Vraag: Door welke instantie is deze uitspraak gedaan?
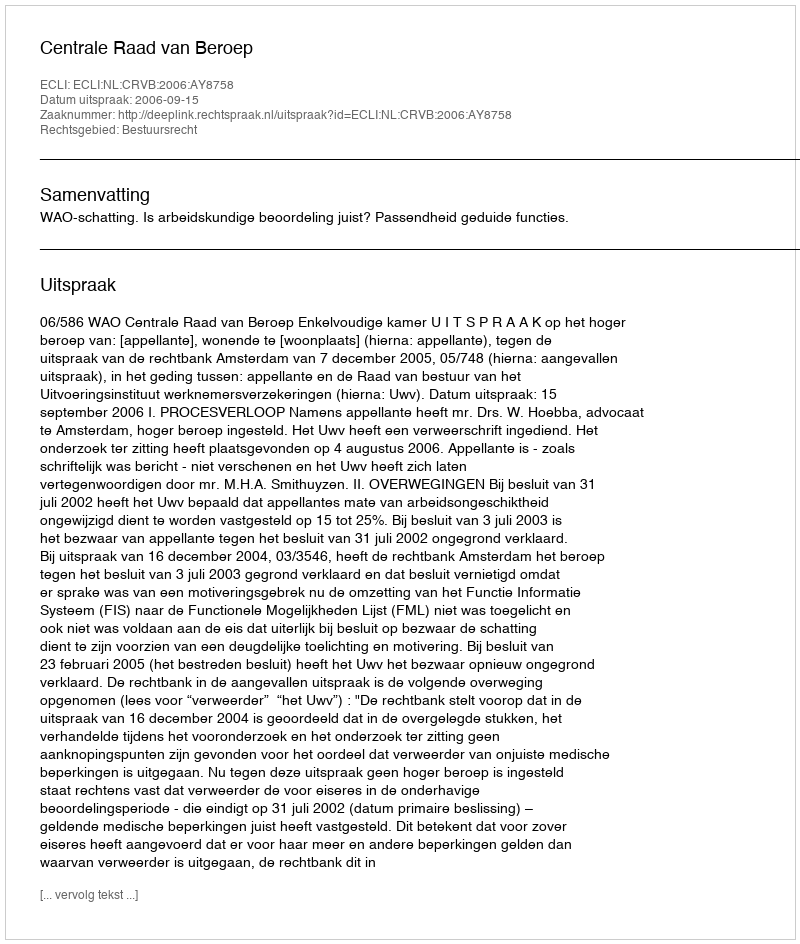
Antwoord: Centrale Raad van Beroep